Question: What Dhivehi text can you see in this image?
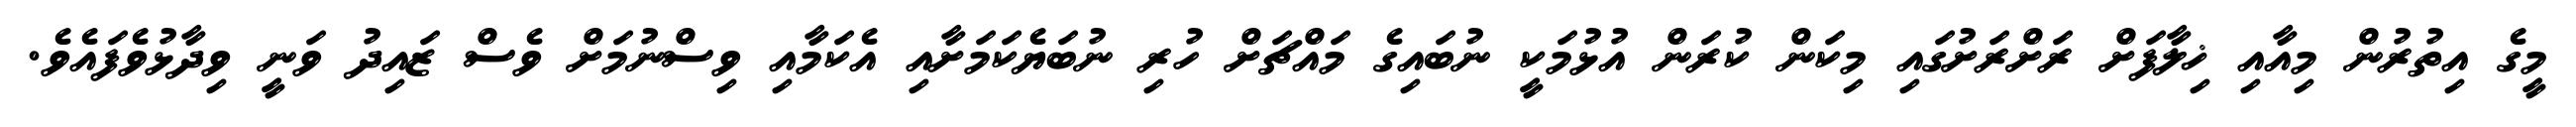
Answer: މީގެ އިތުރުން މިއާއި ޚިލާފަށް ރަށްރަށުގައި މިކަން ކުރަން އުޅުމަކީ ނުބައިގެ މައްޗަށް ހުރި ނުބަޔެކަމަށާއި އެކަމާއި ވިސްނުމަށް ވެސް ޒައިދު ވަނީ ވިދާޅުވެފައެވެ.